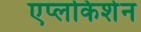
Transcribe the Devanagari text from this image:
एप्लकिशेन